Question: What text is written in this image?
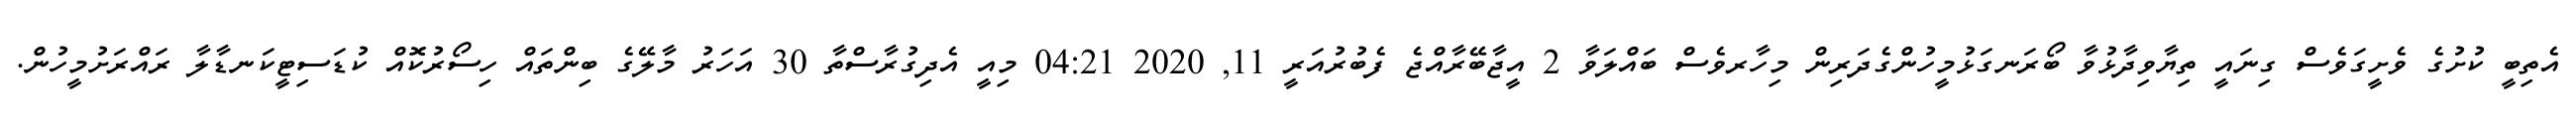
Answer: އެތިބީ ކުށުގެ ވެށީގަވެސް ގިނައީ ތިޔާވިދާޅުވާ ބޯރަނގަޅުމީހުންގެދަރިން މިހާރވެސް ބައްލަވާ 2 އީޖާބޭރާއްޖެ ފެބުރުއަރީ 11, 2020 04:21 މިއީ އެދިގުރާސްތާ 30 އަހަރު މާލޭގެ ބިންތައް ހިސޯރުކޮއް ކުޑަސިޓީކަނޑާލާ ރައްރަށުމީހުން.